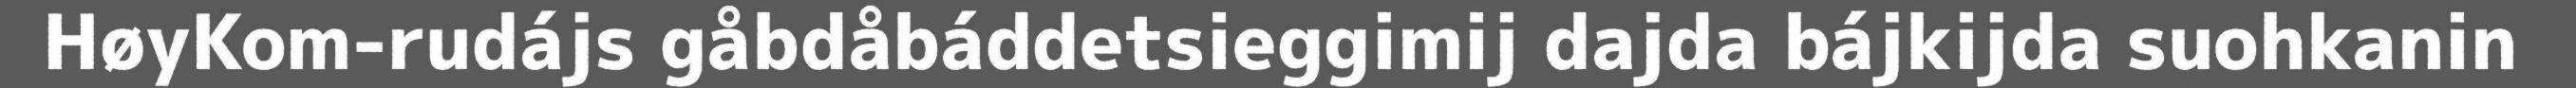
HøyKom-rudájs gåbdåbáddetsieggimij dajda bájkijda suohkanin